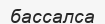
бассалса